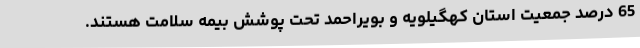
65 درصد جمعیت استان کهگیلویه و بویراحمد تحت پوشش بیمه سلامت هستند.